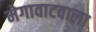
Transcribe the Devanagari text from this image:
मेगावाटवाला